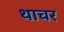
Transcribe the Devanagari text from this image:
थाचर